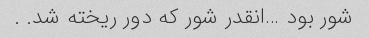
شور بود …انقدر شور که دور ریخته شد. ‌.